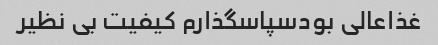
غذاعالی بودسپاسگذارم کیفیت بی نظیر